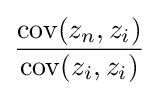
{\frac {\operatorname {cov} (z_{n},z_{i})}{\operatorname {cov} (z_{i},z_{i})}}